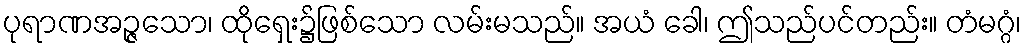
ပုရာဏအဉ္ဇသော၊ ထိုရှေး၌ဖြစ်သော လမ်းမသည်။ အယံ ခေါ၊ ဤသည်ပင်တည်း။ တံမဂ္ဂံ၊